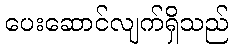
ပေးဆောင်လျက်ရှိသည်